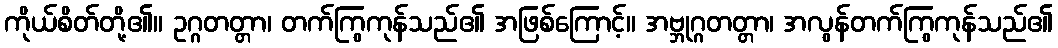
ကိုယ်စိတ်တို့၏။ ဥဂ္ဂတတ္တာ၊ တက်ကြွကုန်သည်၏ အဖြစ်ကြောင့်။ အဗ္ဘုဂ္ဂတတ္တာ၊ အလွန်တက်ကြွကုန်သည်၏